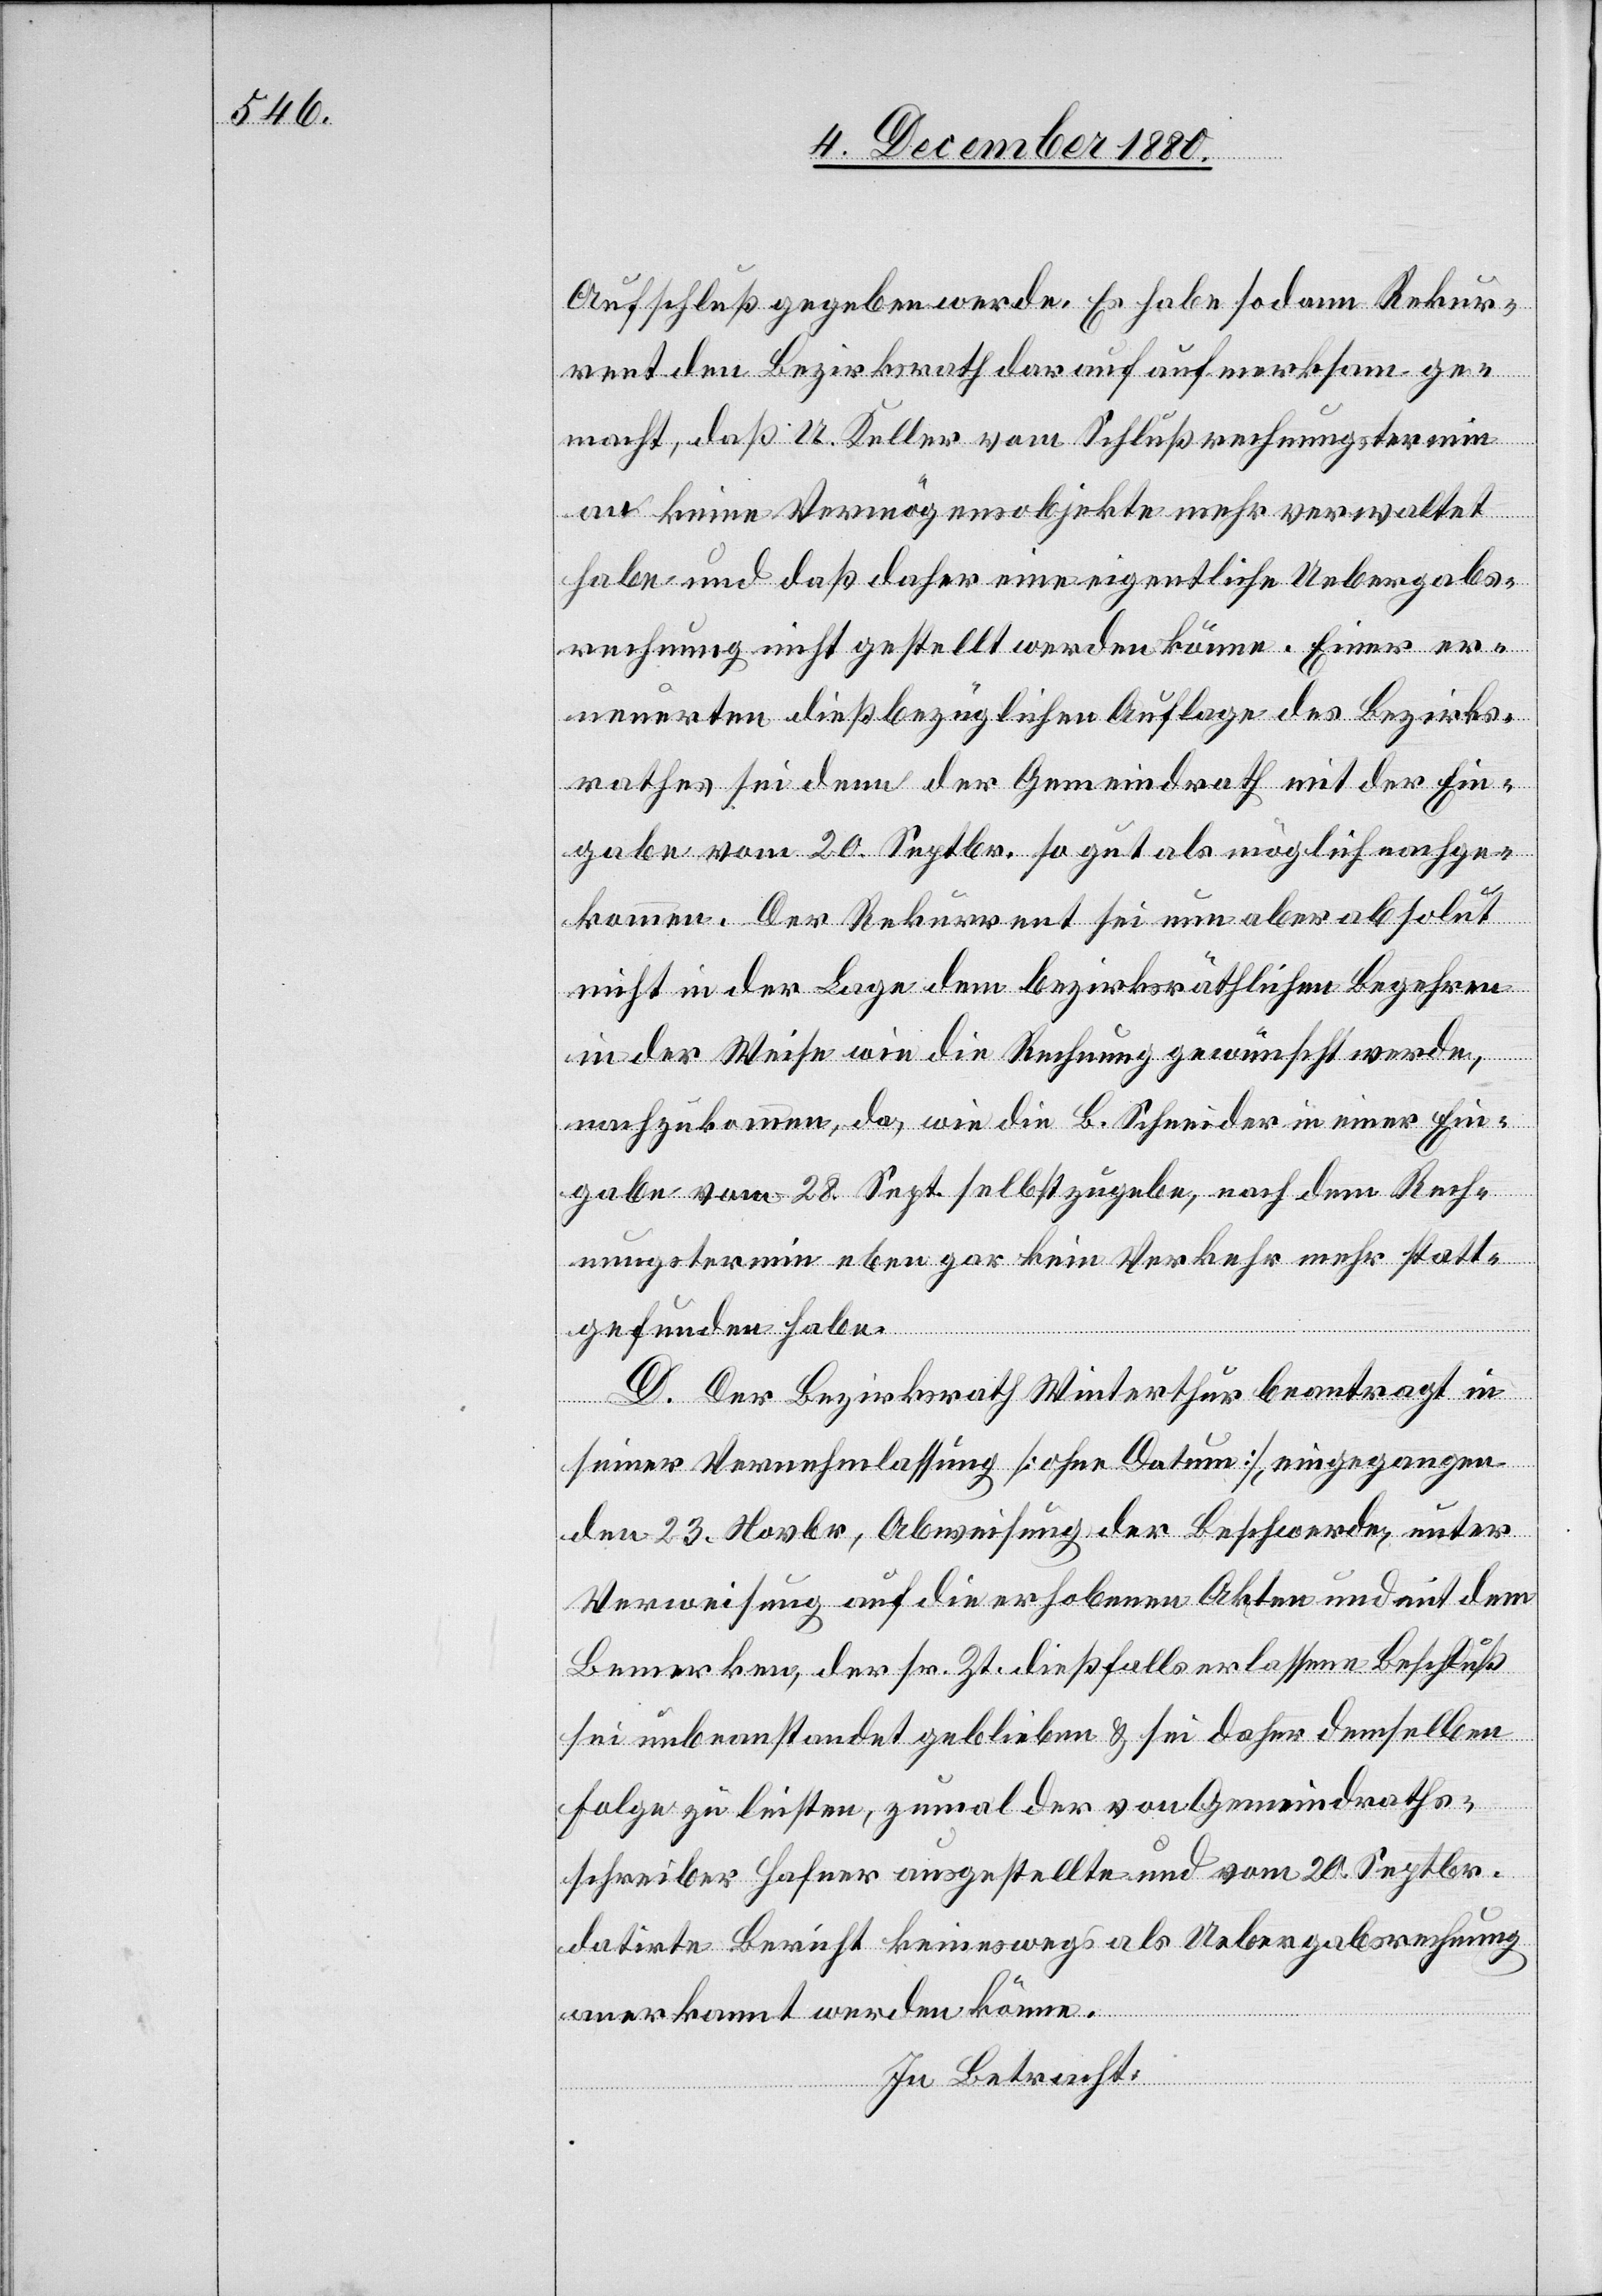
Aufschluß gegeben werde. Es habe sodann Rekur¬
rent den Bezirksrath darauf aufmerksam ge¬
macht, daß U. Keller vom Schlußrechnungstermin
an keine Vermögensobjekte mehr verwaltet
habe und daß daher eine eigentliche Uebergabs¬
rechnung nicht gestellt werden könne. Einer er¬
neuerten dießbezüglichen Auflage des Bezirks¬
rathes sei denn der Gemeindrath mit der Ein¬
gabe vom 20. Septbr. so gut als möglich nachge¬
kommen. Der Rekurrent sei nun aber absolut
nicht in der Lage dem bezirksräthlichen Begehren
in der Weise wie die Rechnung gewünscht werde,
nachzukommen, da wie die B. Schneider in einer Ein¬
gabe vom 28. Sept. selbst zugebe, nach dem Rech¬
nungstermin eben gar kein Verkehr mehr statt¬
gefunden habe.
D. Der Bezirksrath Winterthur beantragt in
seiner Vernehmlassung [ohne Datum], eingegangen
den 23. Novbr., Abweisung der Beschwerde, unter
Verweisung auf die erhobenen Akten und mit dem
Bemerken, der sr. Zt. dießfalls erlassene Beschluß
sei unbeanstandet geblieben & sei daher demselben
Folge zu leisten, zumal der von Gemeindraths¬
schreiber Hafner ausgestellte und vom 20. Septbr.
datirte Bericht keineswegs als Uebergabsrechnung
anerkannt werden könne.
In Betracht: